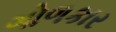
ગોળકાર